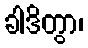
ခါဒိတွာ၊